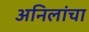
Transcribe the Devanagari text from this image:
अनिलांचा